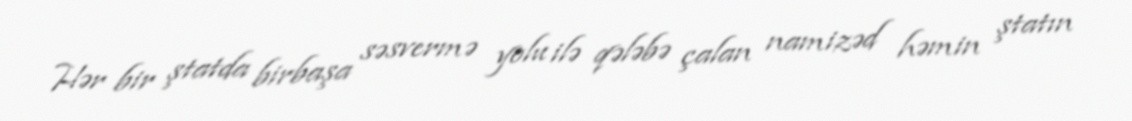
Hər bir ştatda birbaşa səsvermə yolu ilə qələbə çalan namizəd həmin ştatın